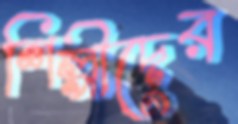
শিল্পীদের